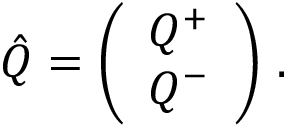
\hat { Q } = \left( \begin{array} { l } { { Q ^ { + } } } \\ { { Q ^ { - } } } \end{array} \right) \, .